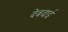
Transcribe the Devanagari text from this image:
देवदाई